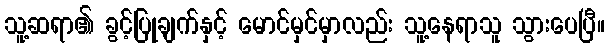
သူ့ဆရာ၏ ခွင့်ပြုချက်နှင့် မောင်မှင်မှာလည်း သူ့နေရာသူ သွားပေပြီ။